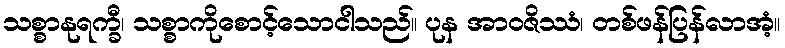
သစ္စာနုရက္ခီ၊ သစ္စာကိုစောင့်သောငါသည်။ ပုန အာဝဇိဿံ၊ တစ်ဖန်ပြန်လာအံ့။